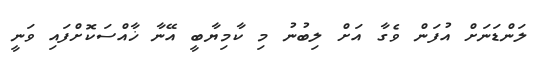
ލަންޑަނަށް އުފަން ވެގާ އަށް ލިބުނު މި ކާމިޔާބީ އޭނާ ޚާއްސަކޮށްފައި ވަނީ